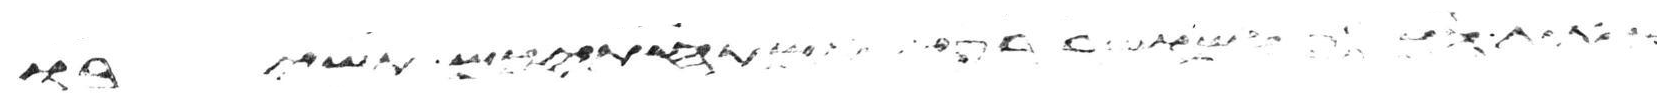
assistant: את הארץ אשר נתתי לכם ותמרו